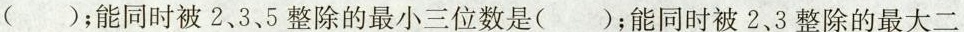
( )；能同时被2.3、5整除的最小三位数是( )；能同时被2，3整除的最大二